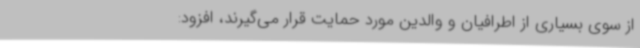
از سوی بسیاری از اطرافیان و والدین مورد حمایت قرار می‌گیرند، افزود: